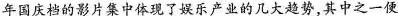
年国庆档的影片集中体现了娱乐产业的几大趋势,其中之一便